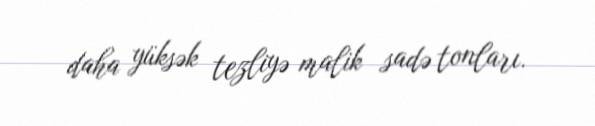
daha yüksək tezliyə malik sadə tonları.